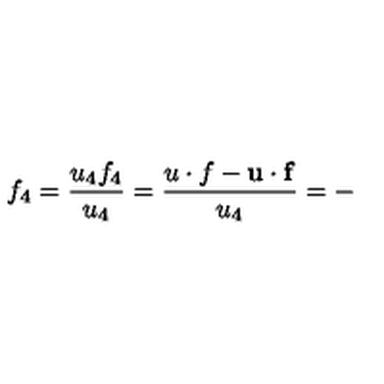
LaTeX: f _ { 4 } = \frac { u _ { 4 } f _ { 4 } } { u _ { 4 } } = \frac { u \cdot f - \mathbf { u } \cdot \mathbf { f } } { u _ { 4 } } = -